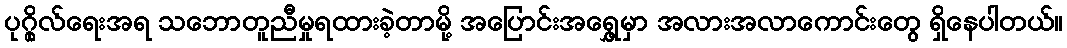
ပုဂ္ဂိုလ်ရေးအရ သဘောတူညီမှုရထားခဲ့တာမို့ အပြောင်းအရွှေ့မှာ အလားအလာကောင်းတွေ ရှိနေပါတယ်။